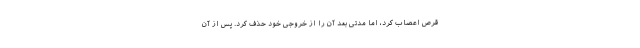
قرص اعصاب کرد، اما مدتی بعد آن را از خروجی خود حذف کرد. پس از آن